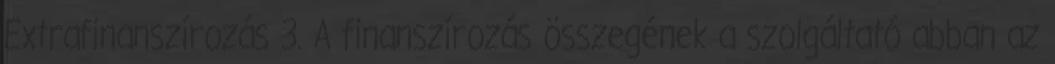
Extrafinanszírozás 3. A finanszírozás összegének a szolgáltató abban az